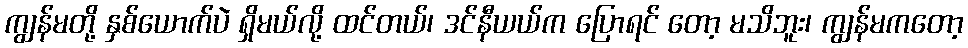
ကျွန်မတို့ နှစ်ယောက်ပဲ ရှိမယ်လို့ ထင်တယ်၊ ဒင်နီယယ်က ပြောရင် တော့ မသိဘူး၊ ကျွန်မကတော့